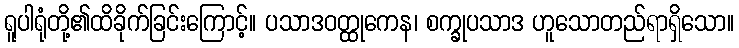
ရူပါရုံတို့၏ထိခိုက်ခြင်းကြောင့်။ ပသာဒဝတ္ထုကေန၊ စက္ခုပသာဒ ဟူသောတည်ရာရှိသော။